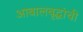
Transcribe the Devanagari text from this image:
आबालवृद्धांची